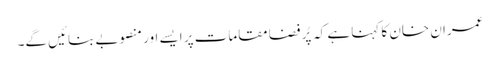
عمران خان کا کہنا ہے کہ پُر فضا مقامات پر ایسے اور منصوبے بنائیں گے۔